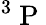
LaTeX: ^{3}\mathrm{~P~}